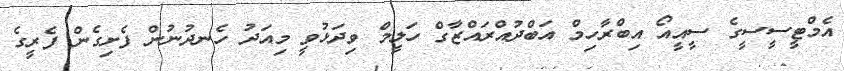
އެމްޓީސީސީގެ ސީއީއޯ އިބްރާހިމް އަބްދުއްރައްޒާގް ހަލީމް ވިދަޅުވީ މިއަދު ހެނދުނުން ފެށިގެން ފެރީގެ